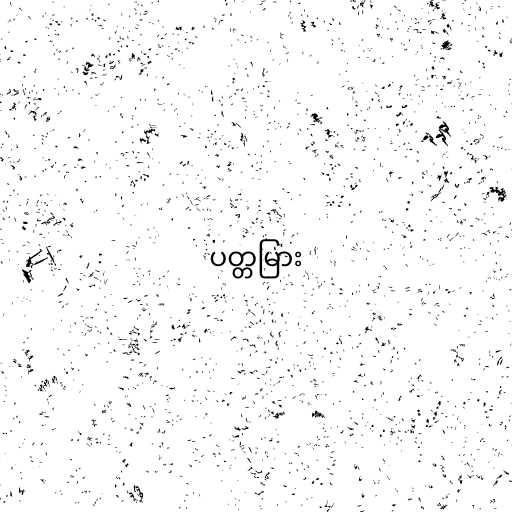
ပတ္တမြား